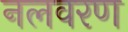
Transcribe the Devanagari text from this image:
नलवरण